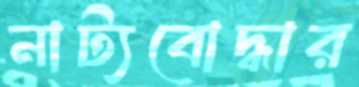
নাট্যবোদ্ধার